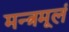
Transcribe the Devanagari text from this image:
मन्त्रमूलं